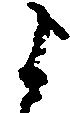
よ